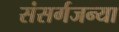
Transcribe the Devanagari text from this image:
संसर्गजन्या